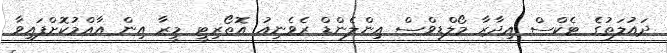
ދައުލަތުގެ ޓެކްސް އިދާރާ މޯލްޑިވްސް އިންލެންޑް ރެވެނިއު އޮތޯރިޓީ މީރާ އިން އާއްމުކޮށްފައިވާ